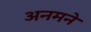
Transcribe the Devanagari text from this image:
अनमने